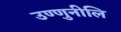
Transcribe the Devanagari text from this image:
उण्णुनीलि